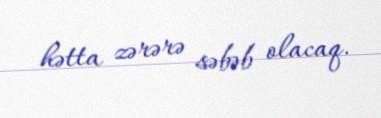
hətta zərərə səbəb olacaq.